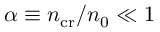
\alpha \equiv n _ { \mathrm { c r } } / n _ { 0 } \ll 1